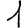
Digit: 1